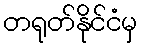
တရုတ်နိုင်ငံမှ